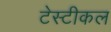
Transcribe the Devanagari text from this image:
टेस्टीकल